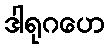
ဒါရုဂဟေ